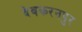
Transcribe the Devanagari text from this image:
देवकरनपुर